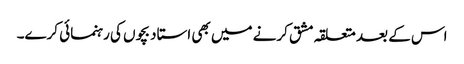
اس کے بعد متعلقہ مشق کرنے میں بھی استاد بچوں کی رہنمائی کرے۔